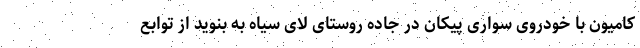
کامیون با خودروی سواری پیکان در جاده روستای لای سیاه به بنوید از توابع